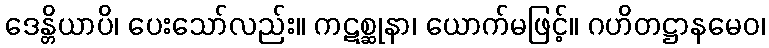
ဒေန္တိယာပိ၊ ပေးသော်လည်း။ ကဋစ္ဆုနာ၊ ယောက်မဖြင့်။ ဂဟိတဋ္ဌာနမေဝ၊